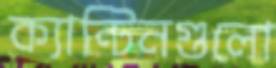
ক্যান্টিনগুলো